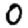
Digit: 0